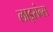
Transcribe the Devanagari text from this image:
लाइसंन्स